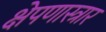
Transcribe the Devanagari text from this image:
क्षेपणास्त्रार